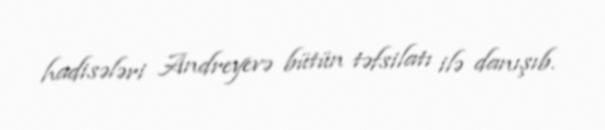
hadisələri Andreyevə bütün təfsilatı ilə danışıb.